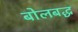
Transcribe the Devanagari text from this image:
बोलबद्ध